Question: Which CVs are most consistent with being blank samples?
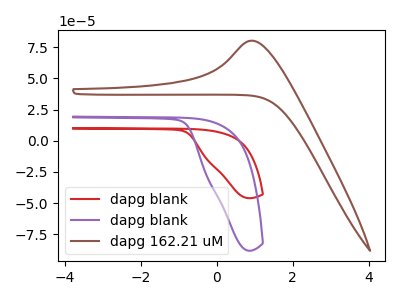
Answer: <think>The red curve "dapg blank" has no peaks. The purple curve "dapg blank" has no peaks. The brown curve "dapg 162.21 uM" has an anodic peak at: (0.95V, 80.30uA).</think>
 <answer>"dapg blank" and "dapg blank" are likely to be blanks.</answer>
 <eval>"dapg blank", "dapg blank"</eval>